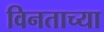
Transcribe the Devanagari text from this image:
विनताच्या